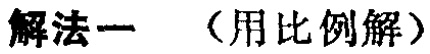
解法一 （用比例解）